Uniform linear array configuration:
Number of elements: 32
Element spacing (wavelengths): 0.75
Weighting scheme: exponential
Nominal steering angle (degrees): -30
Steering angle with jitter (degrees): -29.691
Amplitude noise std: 0.05
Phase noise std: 0.05

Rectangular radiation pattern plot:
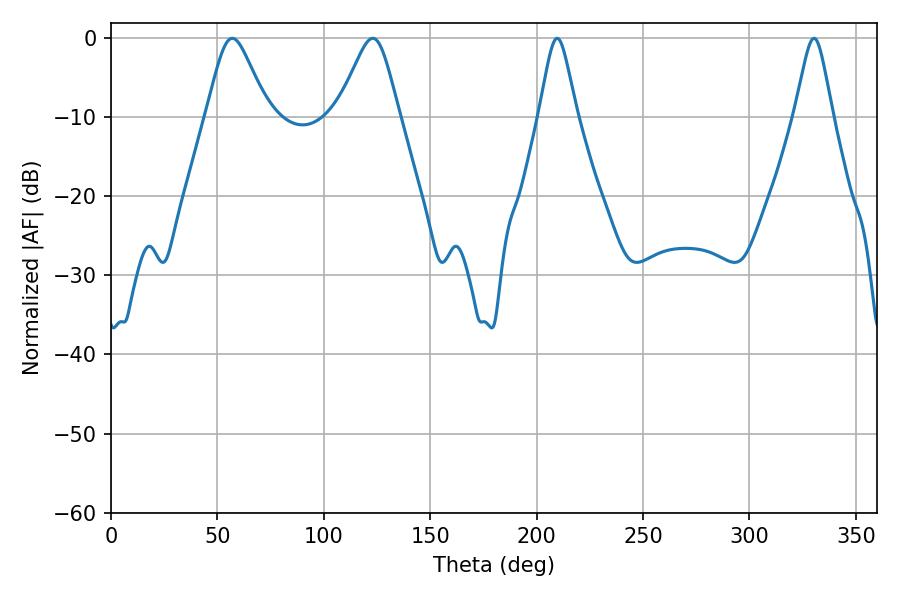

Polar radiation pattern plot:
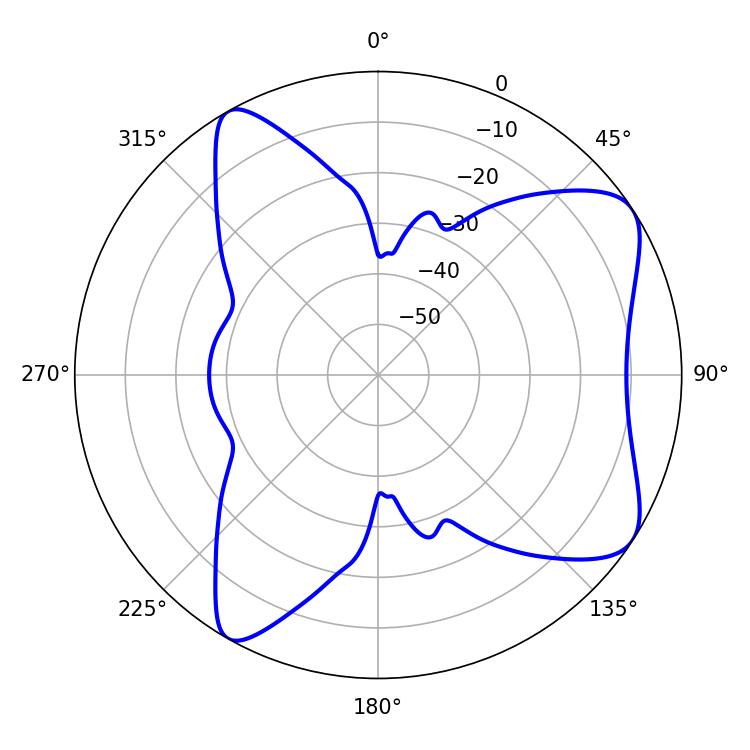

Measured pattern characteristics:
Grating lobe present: TRUE
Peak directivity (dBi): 7.596
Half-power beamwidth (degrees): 13.86
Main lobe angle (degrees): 57.06